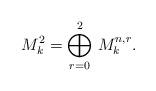
LaTeX: \begin{align*} M_k^2 = \bigoplus\limits_{r=0}^2 \, M_k^{n,r}. \end{align*}